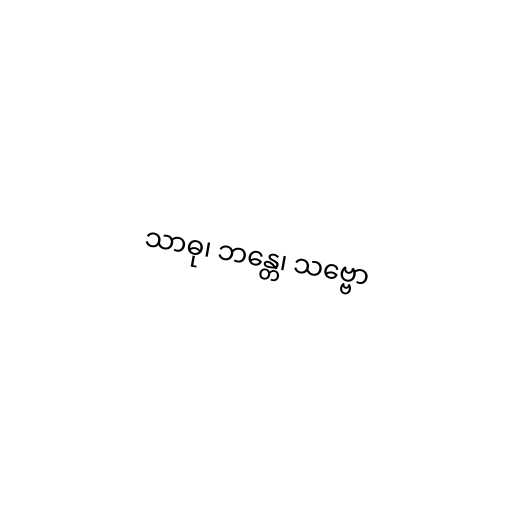
သာဓု၊ ဘန္တေ၊ သဗ္ဗော